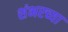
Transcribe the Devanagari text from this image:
शंभरच्या